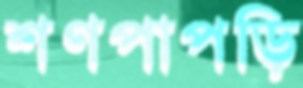
শণপাপড়ি